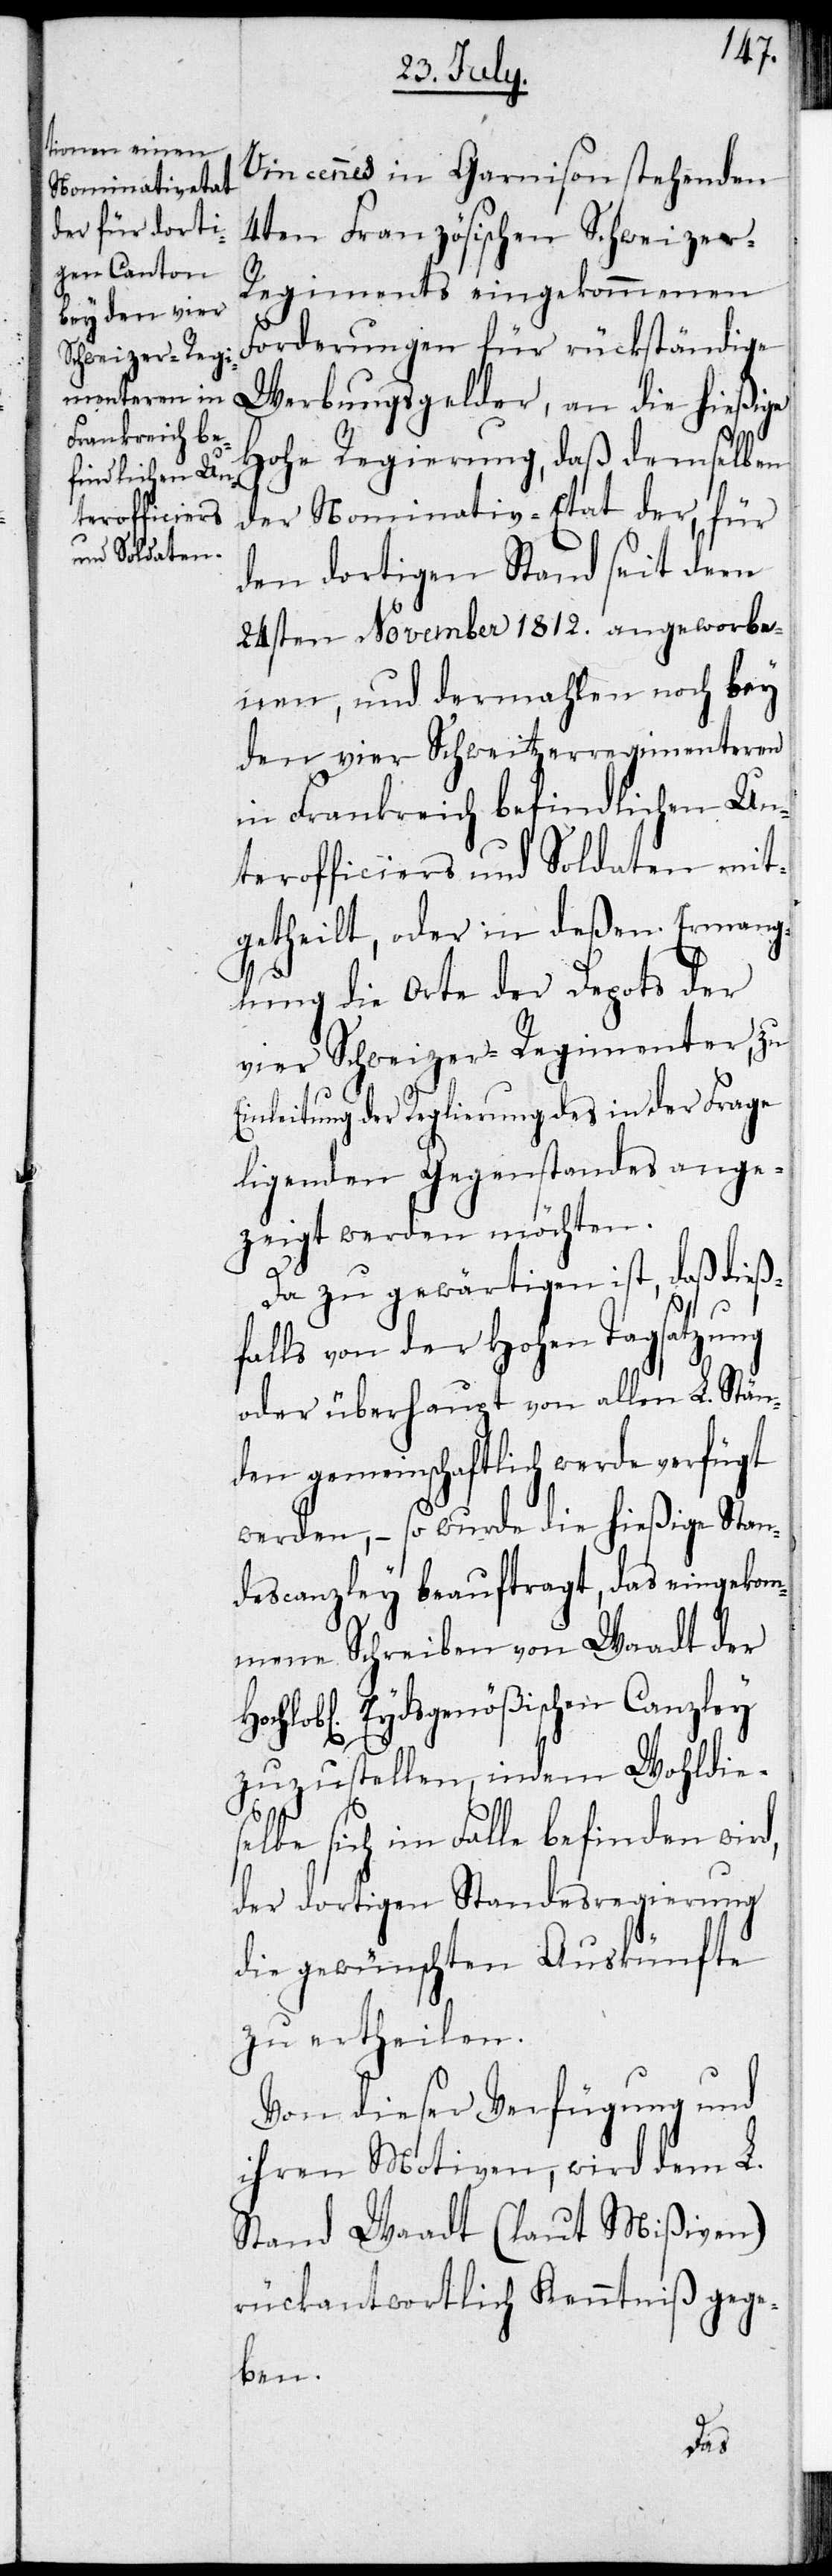
Vincennes in Garnison stehenden
4ten Französischen Schweize¬
r-Regiments eingekommenen
Forderungen für rückständige
Werbungsgelder, an die hießige
Hohe Regierung, daß demselben
der Nominativ-Etat der, für
den dortigen Stand seit dem
24sten November 1812. angeworbe¬
nen, und dermahlen noch bey
den vier Schweitzerregimenteren
in Frankreich befindlichen Un¬
terofficiers und Soldaten mit¬
getheilt, oder in deßen Ermang¬
lung die Orte der Depots der
vier Schweizer-Regimenter, zu
Einleitung der Reglierung des in der Frage
ligenden Gegenstandes ange¬
zeigt werden möchten.
Da zu gewärtigen ist, daß dieß¬
falls von der Hohen Tagsatzung
oder überhaupt von allen L. Stän¬
den gemeinschaftlich werde verfügt
werden, – so wurde die hießige Stan¬
descanzley beauftragt, das eingekom¬
mene Schreiben von Waadt der
Eydsgenößischen Canzley
zuzustellen, indem Wohldies¬
elbe sich im Falle befinden wird,
der dortigen Standesregierung
die gewünschten Auskünfte
zu ertheilen.
Von dieser Verfügung und
ihren Motiven, wird dem L.
Stand Waadt (laut Mißiven)
rückantwortlich Kenntniß gege¬
ben.